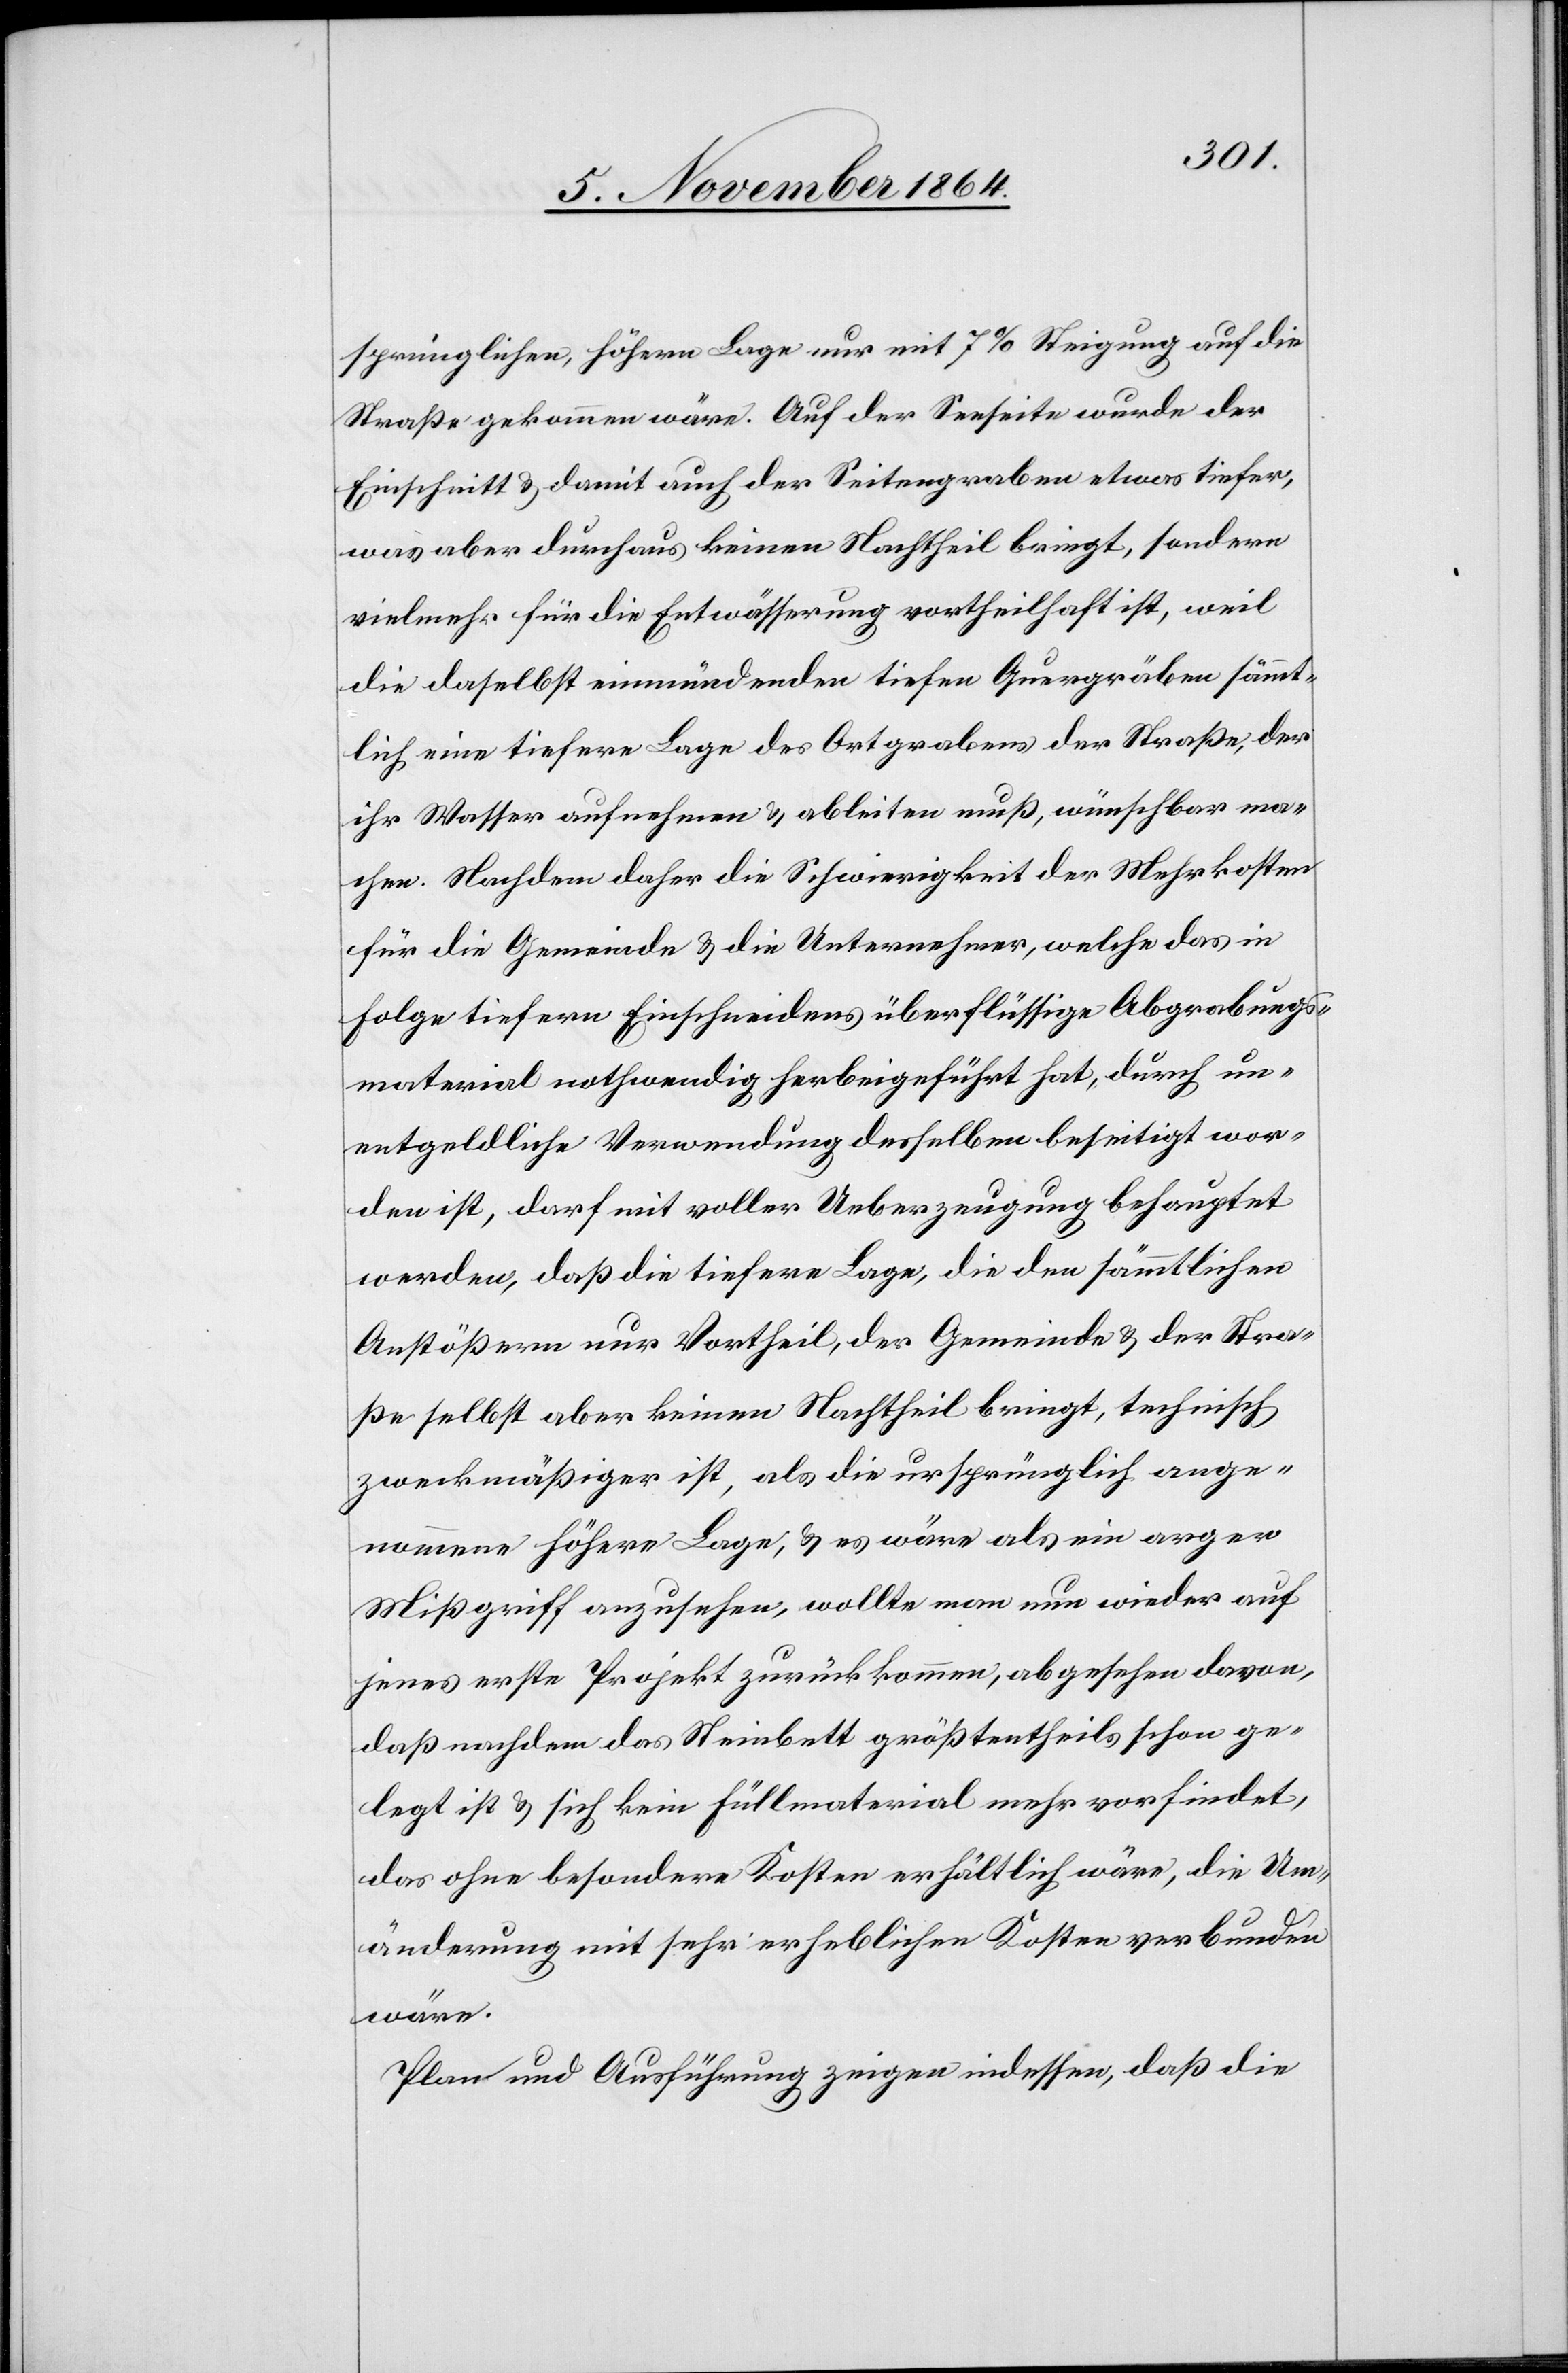
sprünglichen, höhern Lage nur mit 7% Steigung auf die
Straße gekommen wäre. Auf der Seeseite wurde der
Einschnitt & damit auch der Seitengraben etwas tiefer,
was aber durchaus keinen Nachtheil bringt, sondern
vielmehr für die Entwässerung vortheilhaft ist, weil
die daselbst einmündenden tiefen Quergräben sämmt¬
lich eine tiefere Lage des Ortgrabens der Straße, der
ihr Wasser aufnehmen & ableiten muß, wünschbar ma¬
chen. Nachdem daher die Schwierigkeit der Mehrkosten
für die Gemeinde & die Unternehmer, welche das in
Folge tiefern Einschneidens überflüssige Abgrabungs¬
material nothwendig herbeigeführt hat, durch un¬
entgeldliche Verwendung desselben beseitigt wor¬
den ist, darf mit voller Ueberzeugung behauptet
werden, daß die tiefere Lage, die den sämmtlichen
Anstößern nur Vortheil, der Gemeinde & der Stra¬
ße selbst aber keinen Nachtheil bringt, technisch
zweckmäßiger ist, als die ursprünglich ange¬
nommene höhere Lage, & es wäre als ein arger
Mißgriff anzusehen, wollte man nun wieder auf
jenes erste Projekt zurückkommen, abgesehen davon,
daß nachdem das Steinbett größtentheils schon ge¬
legt ist & sich kein Füllmaterial mehr vorfindet,
das ohne besondere Kosten erhältlich wäre, die Um¬
änderung mit sehr erheblichen Kosten verbunden
wäre.
Pan und Ausführung zeigen indessen, daß die